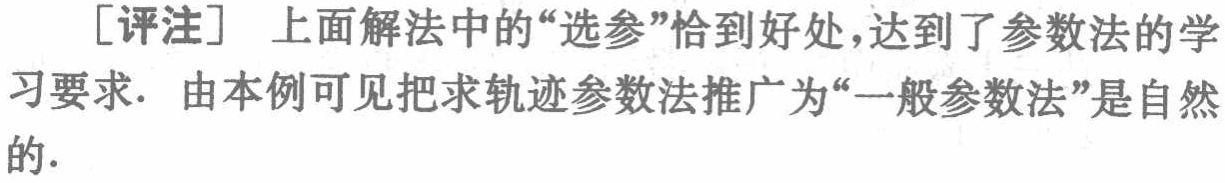
[评注] 上面解法中的“选参”恰到好处，达到了参数法的学习要求. 由本例可见把求轨迹参数法推广为“一般参数法”是自然的.